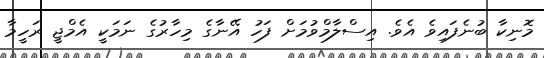
މޮނިކާ ބުނެފައިވެ އެވެ. އިސްލާމްވުމަށް ފަހު އޭނާގެ މިހާރުގެ ނަމަކީ އެމްޖީ ރަހީމާ